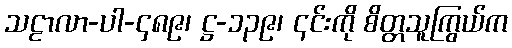
သဠာလာ-ပါ-၄၈၉၊ ဋ္ဌ-၁၃၉၊ ၎င်းကို စိတ္တသူကြွယ်က